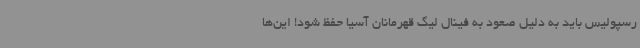
رسپولیس باید به دلیل صعود به فینال لیگ قهرمانان آسیا حفظ شود! این‌ها